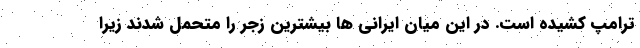
ترامپ کشیده است. در این میان ایرانی ها بیشترین زجر را متحمل شدند زیرا